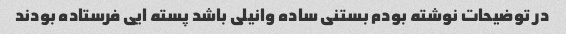
در توضیحات نوشته بودم بستنی ساده وانیلی باشد پسته ایی فرستاده بودند